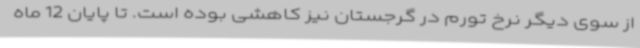
از سوی دیگر نرخ تورم در گرجستان نیز کاهشی بوده است. تا پایان 12 ماه